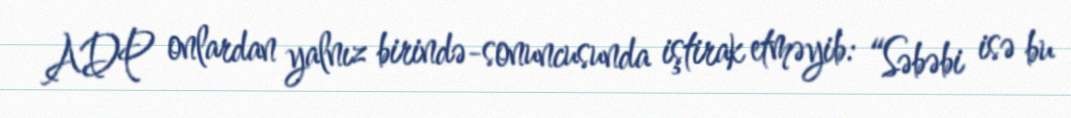
ADP onlardan yalnız birində-sonuncusunda iştirak etməyib: “Səbəbi isə bu